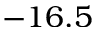
- 1 6 . 5